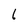
Character: 1